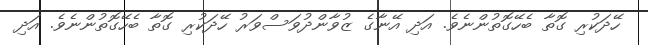
ހޭދަކުރި ގޮތާ ބެހޭގޮތުންނެވެ. އަދި އޭނާގެ ޒުވާންދުވަސްވަރު ހޭދަކުރި ގޮތާ ބެހޭގޮތުންނެވެ. އަދި